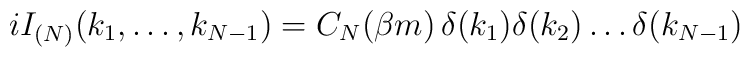
iI_{(N)}(k_1,\dots,k_{N-1})= C_N(\beta m)\, \delta(k_1)\delta(k_2)\dots\delta(k_{N-1})